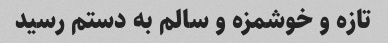
تازه و خوشمزه و سالم به دستم رسید